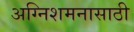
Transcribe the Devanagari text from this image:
अग्निशमनासाठी